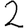
Digit: 2